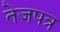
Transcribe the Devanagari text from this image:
तेजपत्र